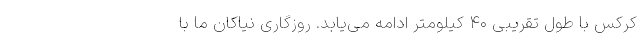
کرکس با طول تقریبی ۴۰ کیلومتر ادامه می‌یابد. روزگاری نیاکان ما با